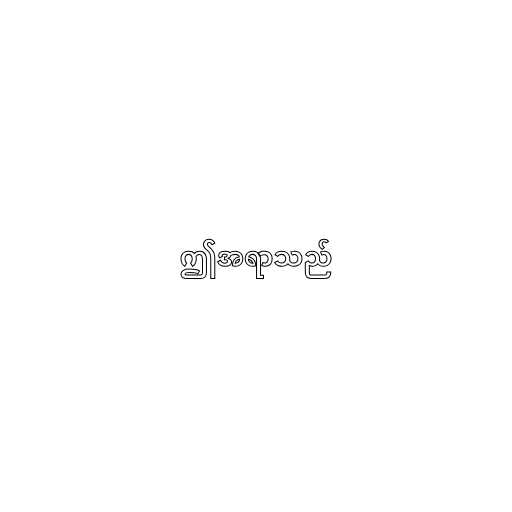
ဤအရာသည်